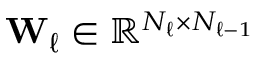
\mathbf { W } _ { \ell } \in \mathbb { R } ^ { N _ { \ell } \times N _ { \ell - 1 } }